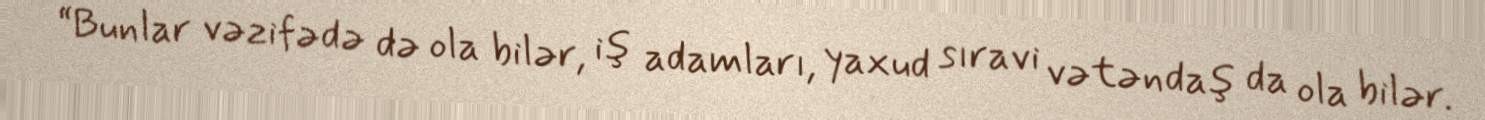
“Bunlar vəzifədə də ola bilər, iş adamları, yaxud sıravi vətəndaş da ola bilər.